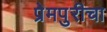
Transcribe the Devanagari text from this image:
प्रेमपुरीचा